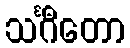
သင်္ဂီတော